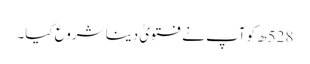
528ھ کو آپ نے فتویٰ دینا شروع کیا۔